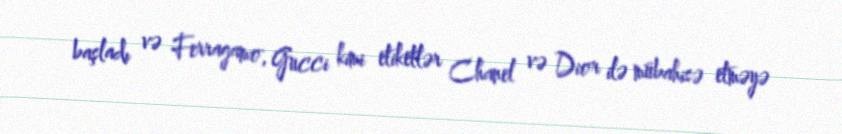
başladı və Ferragamo, Gucci kimi etiketlər Chanel və Dior ilə mübahisə etməyə